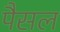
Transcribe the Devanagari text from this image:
पैसल